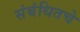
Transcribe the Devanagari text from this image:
संबंधितचे